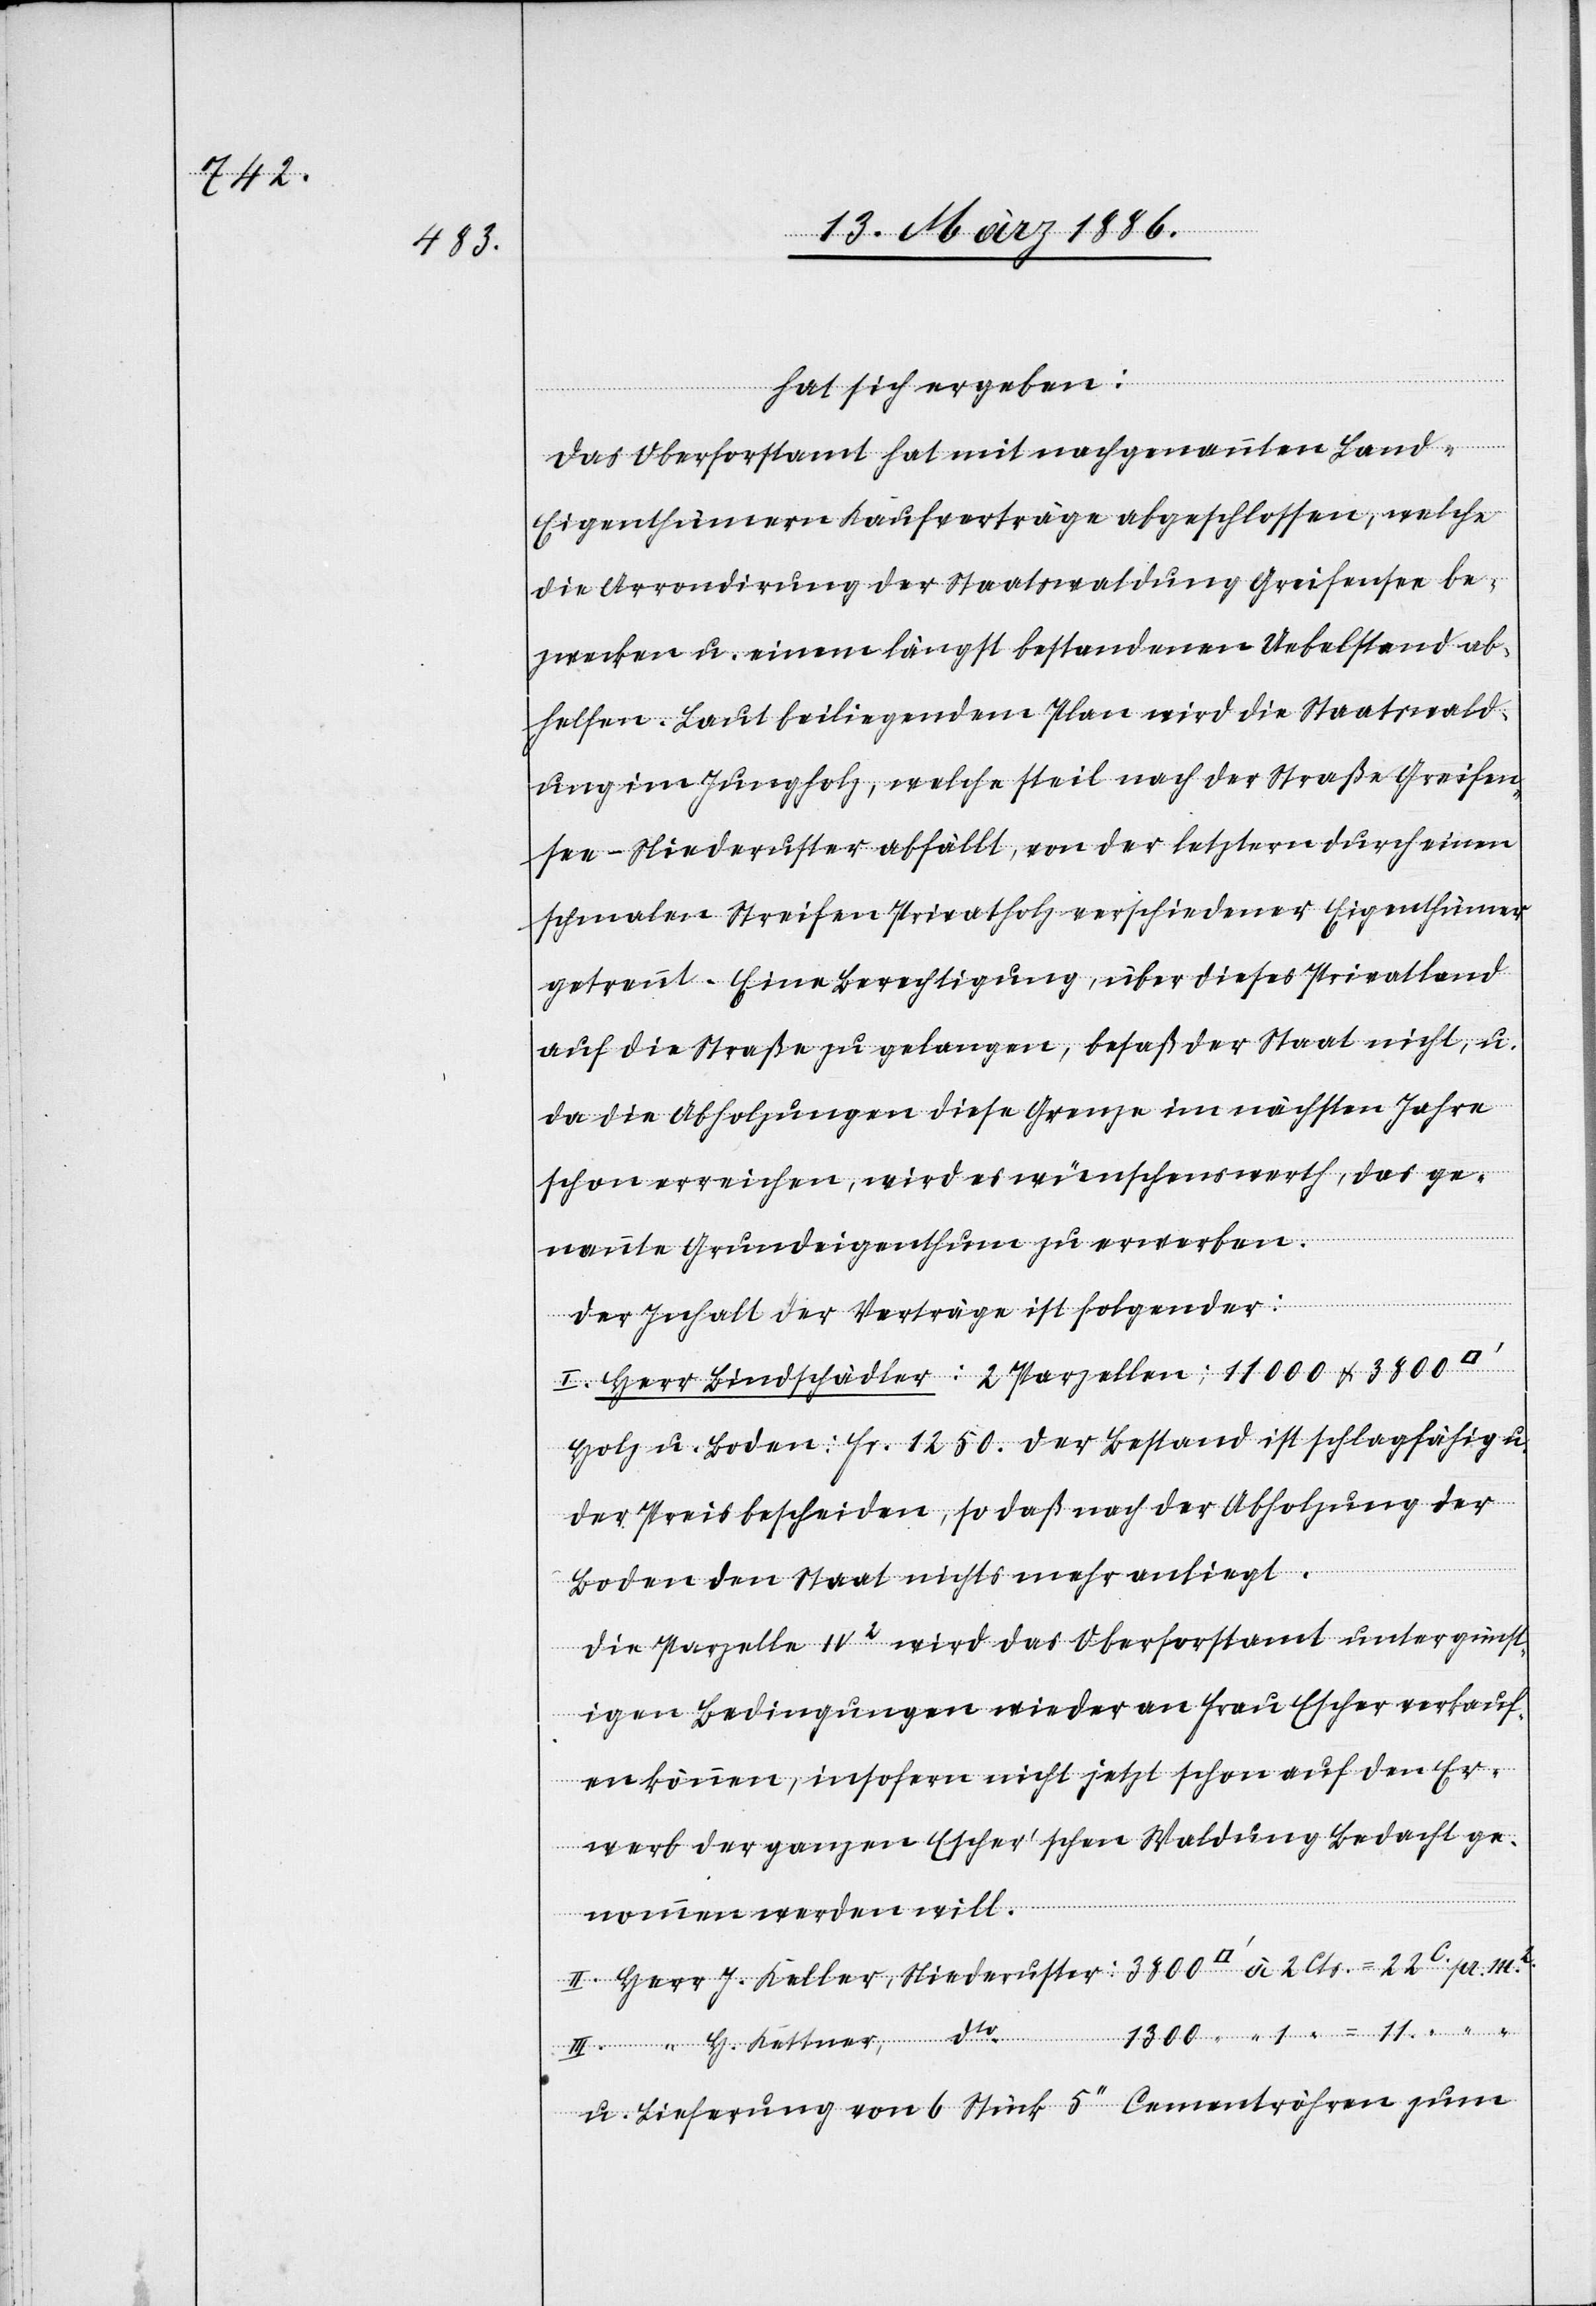
m2.

1300

hat sich ergeben:
Das Oberforstamt hat mit nachgenannten Land-E¬
igenthümern Kaufverträge abgeschlossen, welche
die Arrondirung der Staatswaldung Greifensee be¬
zwecken u. einem längst bestandenen Uebelstand ab¬
helfen. Laut beiliegendem Plan wird die Staatswald¬
ung im Jungholz, welche steil nach der Straße Greifen¬
see–Niederuster abfällt, von der letztern durch einen
schmalen Streifen Privatholz verschiedener Eigenthümer
getrennt. Eine Berechtigung, über dieses Privatland
auf die Straße zu gelangen, besaß der Staat nicht, u.
da die Abholzungen diese Grenzen im nächsten Jahre
schon erreichen, wird es wünschenswerth, das ge¬
nannte Grundeigenthum zu erwerben.
Der Inhalt der Verträge ist folgender:
I. Herr Bindschädler: 2 Parzellen; 1100 & 3800
Holz u. Boden: Fr. 1250. Der Bestand ist schlagfähig u.
der Preis bescheiden, so daß nach der Abholzung der
Boden den Staat nichts mehr anliegt.
Die Parzelle IV2 wird das Oberforstamt unter günst¬
igen Bedingungen wieder an Frau Escher verkauf¬
en können, insofern nicht jetzt schon auf den Er¬
werb der ganzen Escher’schen Waldung Bedacht ge¬
pr.
nommen werden will.
Niederuster:
u. Lieferung von 6 Stück 5’’ Cementröhren zum